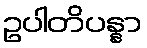
ဥပါတိပန္နာ